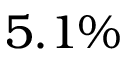
5 . 1 \%